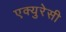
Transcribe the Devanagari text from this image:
एक्युरेसी